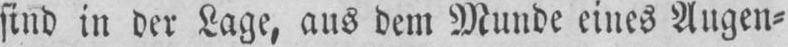
sind in der Lage, aus dem Munde eines Augen⸗